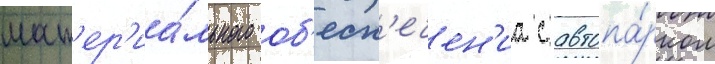
мат'ер'иа́льного об'есп'ечен'иа с автопа́рком